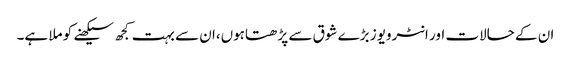
ان کے حالات اور انٹرویوز بڑے شوق سے پڑھتاہوں،ان سے بہت کجھ سیکھنے کو ملا ہے۔